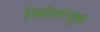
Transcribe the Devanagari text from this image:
निर्माणमंजूषा